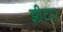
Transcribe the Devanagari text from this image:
झीटा२